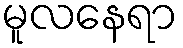
မူလနေရာ